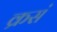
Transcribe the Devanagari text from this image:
क्रसं